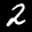
Label: 2